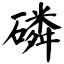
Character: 磔